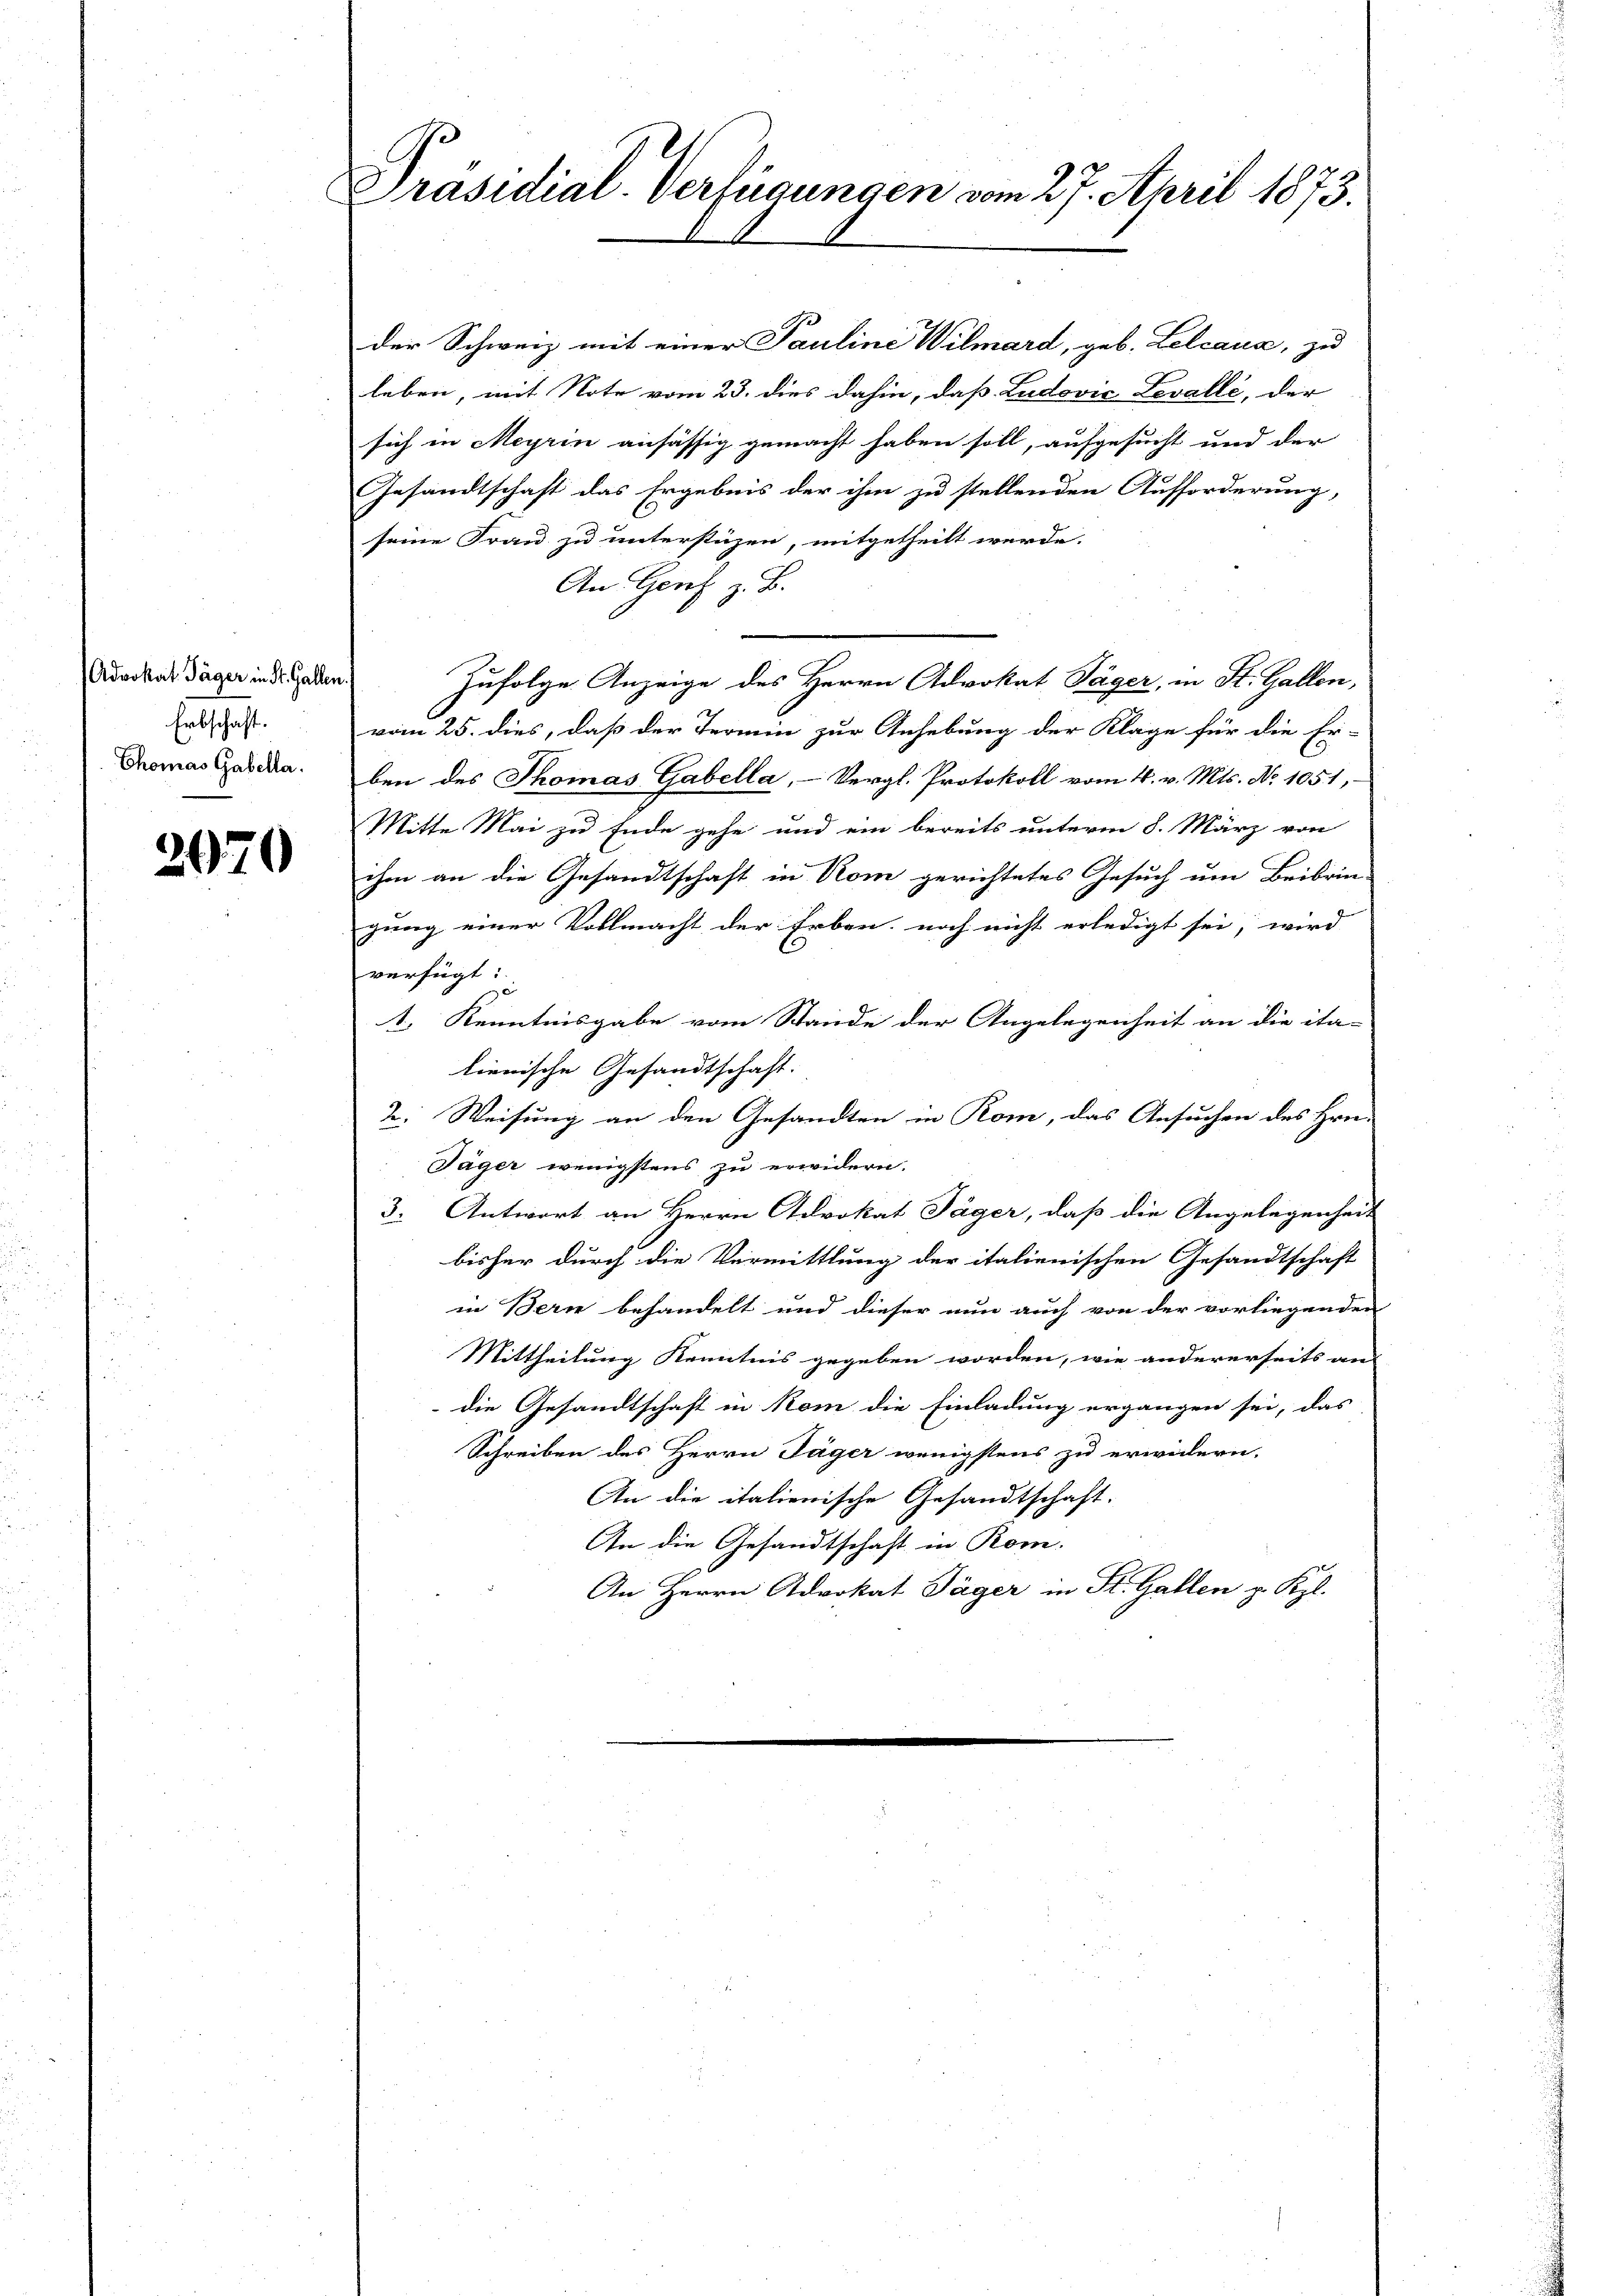
Advokat Jäger in St. Galle
Erbschaft.
Chomas Gabella.

2070

Präsidial-Verfügungen vom 27. April 1873.

der Schweiz mit einer Pauline Wilmard, geb. Lelcaua, zu
leben, mit Note vom 23. dies dahin, daß Ludović Levalle, der
sich in Meyrin ansässig gemacht haben soll, aufgesucht und der
Gesandtschaft das Ergebnis der ihm zu stellenden Aufforderung,
seine Frau zu unterstüzen, mitgetheilt werde.
An Genf z. B.
e
.
Zufolge Anzeige des Herrn Advokat Täger, in St. Gallen,
vom 25. dies, daß der Termin zur Anhebung der Klage für die Er-
ben des Thomas Gabella, - Vergl. Protokoll vom 4. v. Mts. No 1051,
Mitte Mai zu Ende gehe und ein bereits unterm 8. März von
che an die Gesandtschaft in Rom gerichtetes Gesuch um Beibrin-
gung einer Vollmacht der Erben noch nicht erledigt sei, wird
verfügt:
1. Kenntnisgabe vom Stande der Angelegenheit an die ita-
lienische Gesandtschaft.
2. Weisung an den Gesandten in Rom, das Ansuchen des Hrn.
Jäger wenigstens zu erwidern.
3. Antwort an Herrn Advokat Jäger, daß die Angelegenheit
bisher durch die Vermittlung der italienischen Gesandtschaft
in Bern behandelt und dieser nun auch von der vorliegenden
Mittheilung Kenntnis gegeben worden, wie andererseits an
 die Gesandtschaft in Rom die Einladung ergangen sei, das
Schreiben des Herrn Jäger wenigstens zu erwidern.
An die italienische Gesandtschaft.
An die Gesandtschaft in Rom.
An Herrn Advokat Jäger in St. Gallen z. Kgl.